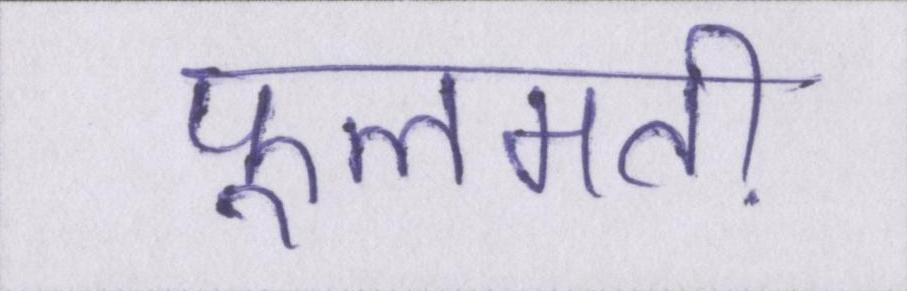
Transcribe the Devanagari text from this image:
फूलमती